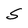
Character: S